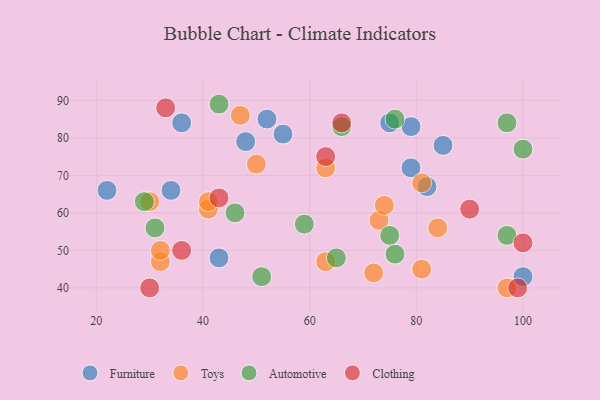
{"axis": {"x": "GDP", "y": "Life Expectancy"}, "legend": ["Automotive", "Clothing", "Furniture", "Toys"], "data": [{"x": "100", "y": 43, "type": "Furniture"}, {"x": "79", "y": 72, "type": "Furniture"}, {"x": "79", "y": 83, "type": "Furniture"}, {"x": "75", "y": 84, "type": "Furniture"}, {"x": "55", "y": 81, "type": "Furniture"}, {"x": "36", "y": 84, "type": "Furniture"}, {"x": "85", "y": 78, "type": "Furniture"}, {"x": "48", "y": 79, "type": "Furniture"}, {"x": "52", "y": 85, "type": "Furniture"}, {"x": "34", "y": 66, "type": "Furniture"}, {"x": "43", "y": 48, "type": "Furniture"}, {"x": "22", "y": 66, "type": "Furniture"}, {"x": "82", "y": 67, "type": "Furniture"}, {"x": "50", "y": 73, "type": "Toys"}, {"x": "30", "y": 63, "type": "Toys"}, {"x": "84", "y": 56, "type": "Toys"}, {"x": "41", "y": 61, "type": "Toys"}, {"x": "47", "y": 86, "type": "Toys"}, {"x": "73", "y": 58, "type": "Toys"}, {"x": "72", "y": 44, "type": "Toys"}, {"x": "81", "y": 68, "type": "Toys"}, {"x": "32", "y": 47, "type": "Toys"}, {"x": "63", "y": 72, "type": "Toys"}, {"x": "63", "y": 47, "type": "Toys"}, {"x": "97", "y": 40, "type": "Toys"}, {"x": "32", "y": 50, "type": "Toys"}, {"x": "81", "y": 45, "type": "Toys"}, {"x": "41", "y": 63, "type": "Toys"}, {"x": "74", "y": 62, "type": "Toys"}, {"x": "75", "y": 54, "type": "Automotive"}, {"x": "97", "y": 54, "type": "Automotive"}, {"x": "29", "y": 63, "type": "Automotive"}, {"x": "31", "y": 56, "type": "Automotive"}, {"x": "46", "y": 60, "type": "Automotive"}, {"x": "43", "y": 89, "type": "Automotive"}, {"x": "76", "y": 49, "type": "Automotive"}, {"x": "76", "y": 85, "type": "Automotive"}, {"x": "66", "y": 83, "type": "Automotive"}, {"x": "51", "y": 43, "type": "Automotive"}, {"x": "100", "y": 77, "type": "Automotive"}, {"x": "65", "y": 48, "type": "Automotive"}, {"x": "97", "y": 84, "type": "Automotive"}, {"x": "59", "y": 57, "type": "Automotive"}, {"x": "36", "y": 50, "type": "Clothing"}, {"x": "100", "y": 52, "type": "Clothing"}, {"x": "99", "y": 40, "type": "Clothing"}, {"x": "30", "y": 40, "type": "Clothing"}, {"x": "90", "y": 61, "type": "Clothing"}, {"x": "43", "y": 64, "type": "Clothing"}, {"x": "63", "y": 75, "type": "Clothing"}, {"x": "33", "y": 88, "type": "Clothing"}, {"x": "66", "y": 84, "type": "Clothing"}]}